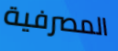
المصرفية